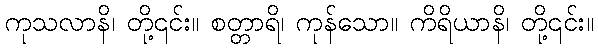
ကုသလာနိ၊ တို့၎င်း။ စတ္တာရိ၊ ကုန်သော။ ကိရိယာနိ၊ တို့၎င်း။